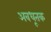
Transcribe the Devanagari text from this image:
अवधूतक